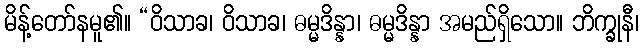
မိန့်တော်နမူ၏။ “ဝိသာခ၊ ဝိသာခ၊ ဓမ္မဒိန္နာ၊ ဓမ္မဒိန္နာ အမည်ရှိသော။ ဘိက္ခုနီ၊